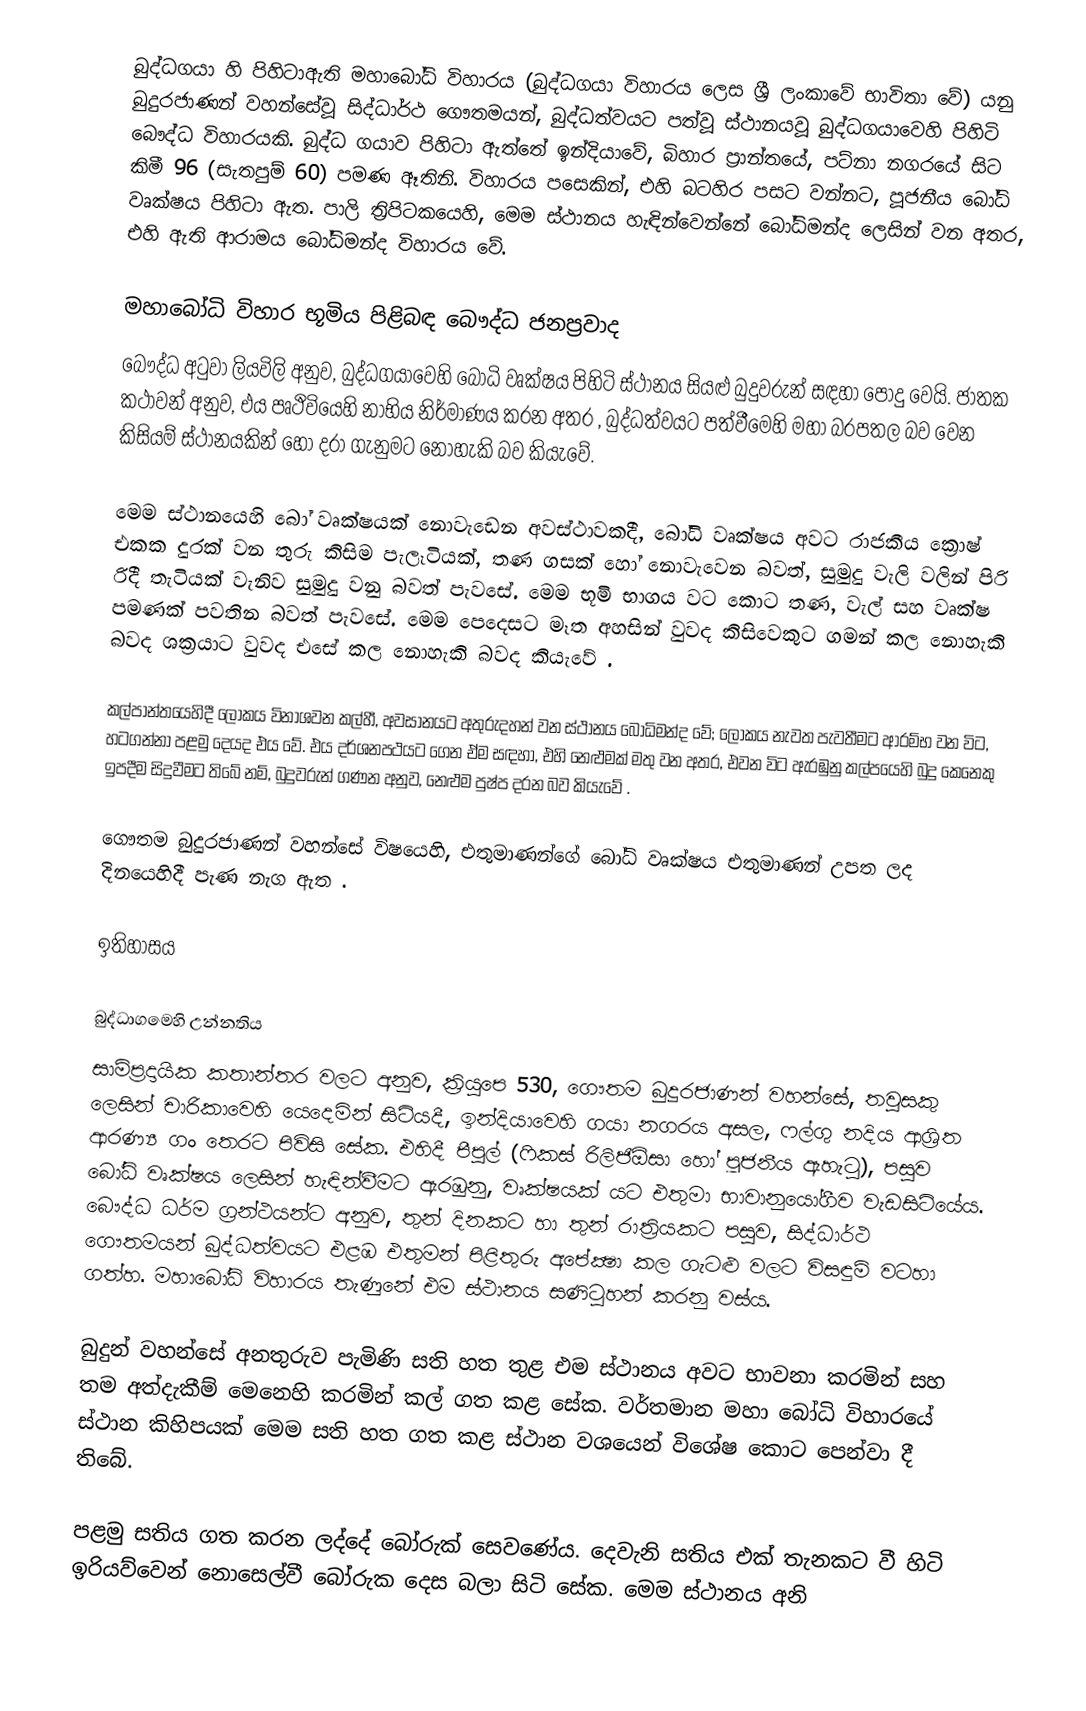
බුද්ධගයා හි පිහිටාඇති මහාබෝධි විහාරය (බුද්ධගයා විහාරය ලෙස ශ්‍රී ලංකාවේ භාවිතා වේ) යනු  බුදුරජාණන් වහන්සේවූ සිද්ධාර්ථ ගෞතමයන්, බුද්ධත්වයට පත්වූ ස්ථානයවූ බුද්ධගයාවෙහි පිහිටි බෞද්ධ විහාරයකි.  බුද්ධ ගයාව පිහිටා ඇත්තේ  ඉන්දියාවේ,  බිහාර ප්‍රාන්තයේ, පට්නා නගරයේ සිට කිමී 96 (සැතපුම් 60) පමණ ඈතිනි. විහාරය පසෙකින්, එහි බටහිර පසට වන්නට, පූජනීය  බෝධි වෘක්ෂය පිහිටා ඇත. පාලි ත්‍රිපිටකයෙහි, මෙම ස්ථානය හැඳින්වෙන්නේ බෝධිමන්ද ලෙසින් වන අතර, එහි ඇති ආරාමය බෝධිමන්ද විහාරය වේ.

මහාබෝධි විහාර භූමිය පිළිබඳ බෞද්ධ ජනප්‍රවාද
බෞද්ධ අටුවා ලියවිලි අනුව, බුද්ධගයාවෙහි බෝධි වෘක්ෂය පිහිටි ස්ථානය සියළු  බුදුවරුන් සඳහා පොදු වෙයි. ජාතක කථාවන් අනුව, එය පෘථිවියෙහි නාභිය නිර්මාණය කරන අතර , බුද්ධත්වයට පත්වීමෙහි මහා බරපතල බව වෙන කිසියම් ස්ථානයකින් හෝ දරා ගැනුමට නොහැකි බව කියැවේ.

මෙම ස්ථානයෙහි බෝ වෘක්ෂයක් නොවැඩෙන අවස්ථාවකදී, බෝධි වෘක්ෂය අවට රාජකීය ක්‍රොෂ් එකක දුරක් වන තුරු කිසිම පැලෑටියක්, තණ ගසක් හෝ නොවැවෙන බවත්, සුමුදු වැලි වලින් පිරි රිදී තැටියක් වැනිව සුමුදු වනු බවත් පැවසේ. මෙම භූමි භාගය වට කොට තණ, වැල් සහ වෘක්ෂ පමණක් පවතින බවත් පැවසේ. මෙම පෙදෙසට මෑත අහසින් වුවද කිසිවෙකුට ගමන් කල නොහැකි බවද ශක්‍රයාට වුවද එසේ කල නොහැකි බවද කියැවේ .

කල්පාන්තයෙහිදී ලෝකය විනාශවන කල්හී, අවසානයට අතුරුදහන් වන ස්ථානය බෝධිමන්ද වේ; ලෝකය නැවත පැවතීමට ආරම්භ වන විට, හටගන්නා පළමු දෙයද එය වේ. එය  දර්ශනපථයට ගෙන ඒම සඳහා, එහි නෙළුමක් මතු වන අතර, එවන විට ඇරඹුනු කල්පයෙහි බුදු කෙනෙකු ඉපදීම සිදුවීමට තිබේ නම්, බුදුවරුන් ගණන අනුව, නෙළුම පුෂ්ප දරන බව කියැවේ .

ගෞතම බුදුරජාණන් වහන්සේ විෂයෙහි, එතුමාණන්ගේ බෝධි වෘක්ෂය එතුමාණන් උපත ලද දිනයෙහිදී පැණ නැග ඇත .

ඉතිහාසය

බුද්ධාගමෙහි උන්නතිය
සාම්ප්‍රදායික කතාන්තර වලට අනුව, ක්‍රියුපෙ 530, ගෞතම බුදුරජාණන් වහන්සේ, තවුසකු ලෙසින් චාරිකාවෙහි යෙදෙමින් සිටියදී, ඉන්දියාවෙහි  ගයා නගරය අසල, ෆල්ගු නදිය ආශ්‍රිත ආරණ්‍ය ගං තෙරට පිවිසි සේක. එහිදී පීපුල් (ෆිකස් රිලිජිඕසා හෝ පූජනීය ඇහැටු), පසුව බෝධි වෘක්ෂය ලෙසින් හැඳින්වීමට ඇරඹුනු,  වෘක්ෂයක් යට එතුමා භාවානුයෝගීව වැඩසිටියේය. බෞද්ධ ධර්ම ග්‍රන්ථයන්ට අනුව, තුන් දිනකට හා තුන් රාත්‍රියකට පසුව, සිද්ධාර්ථ ගෞතමයන් ‍බුද්ධත්වයට එළඹ එතුමන් පිළිතුරු අපේක්‍ෂා කල ගැටළු වලට විසඳුම් වටහා ගත්හ. මහාබෝධි විහාරය තැණුනේ එම ස්ථානය සණිටුහන් කරනු වස්ය.

බුදුන් වහන්සේ අනතුරුව පැමිණි සති හත තුළ එම ස්ථානය අවට භාවනා කරමින් සහ තම අත්දැකීම් මෙනෙහි කරමින් කල් ගත කළ සේක. වර්තමාන මහා බෝධි විහාරයේ ස්ථාන කිහිපයක් මෙම සති හත ගත කළ ස්ථාන වශයෙන් විශේෂ කොට පෙන්වා දී තිබේ.

පළමු සතිය ගත කරන ලද්දේ බෝරුක් සෙවණේය. දෙවැනි සතිය එක් තැනකට වී හිටි ඉරියව්වෙන් නොසෙල්වී බෝරුක දෙස බලා සිටි සේක. මෙම ස්ථානය අනි